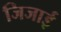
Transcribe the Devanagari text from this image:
जिजाई